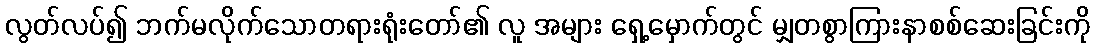
လွတ်လပ်၍ ဘက်မလိုက်သောတရားရုံးတော်၏ လူ အများ ရှေ့မှောက်တွင် မျှတစွာကြားနာစစ်ဆေးခြင်းကို